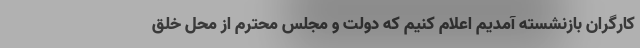
کارگران بازنشسته آمدیم اعلام کنیم که دولت و مجلس محترم از محل خلق